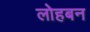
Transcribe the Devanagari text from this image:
लोहबन